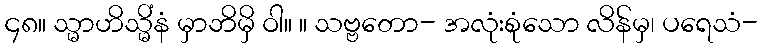
၄၈။ သ္မာဟိသ္မိံနံ မှာဘိမှိ ဝါ။ ။ သဗ္ဗတော- အလုံးစုံသော လိန်မှ၊ ပရေသံ-